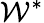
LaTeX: \mathcal{W}^{*}